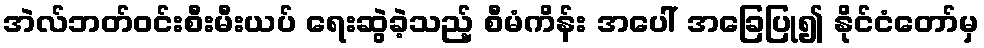
အဲလ်ဘတ်ဝင်းစီးမီးယပ် ရေးဆွဲခဲ့သည့် စီမံကိန်း အပေါ် အခြေပြု၍ နိုင်ငံတော်မှ